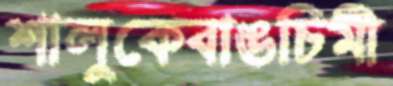
শালুকেবাঙচিমী